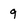
Character: 9